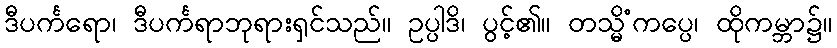
ဒီပင်္ကရော၊ ဒီပင်္ကရာဘုရားရှင်သည်။ ဥပ္ပါဒိ၊ ပွင့်၏။ တသ္မိံကပ္ပေ၊ ထိုကမ္ဘာ၌။